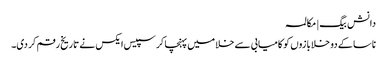
دانش بیگ | مکالمہ
ناسا کے دو خلابازوں کو کامیابی سے خلا میں پہنچا کر سپیس ایکس نے تاریخ رقم کر دی۔